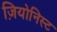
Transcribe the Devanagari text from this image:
ज़ियोनिस्ट